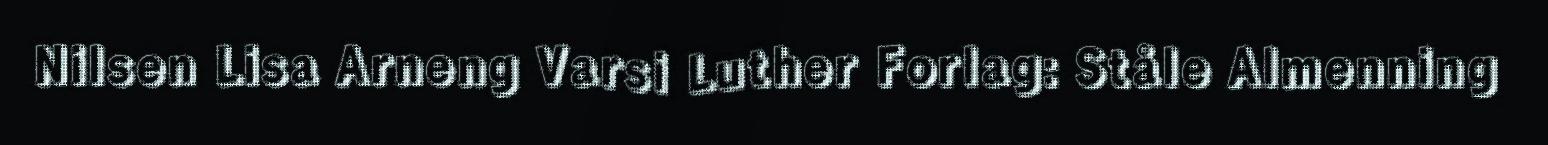
Nilsen Lisa Arneng Varsi Luther Forlag: Ståle Almenning